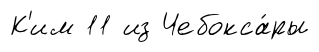
К'им 11 из Чебокса́ры